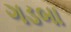
ગડબા